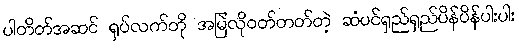
ပါတိတ်အဆင် ရှပ်လက်တို အမြဲလိုဝတ်တတ်တဲ့ ဆံပင်ရှည်ရှည်ပိန်ပိန်ပါးပါး